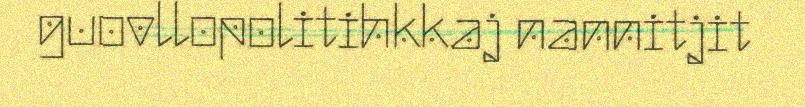
guovllopolitihkkaj nannitjit